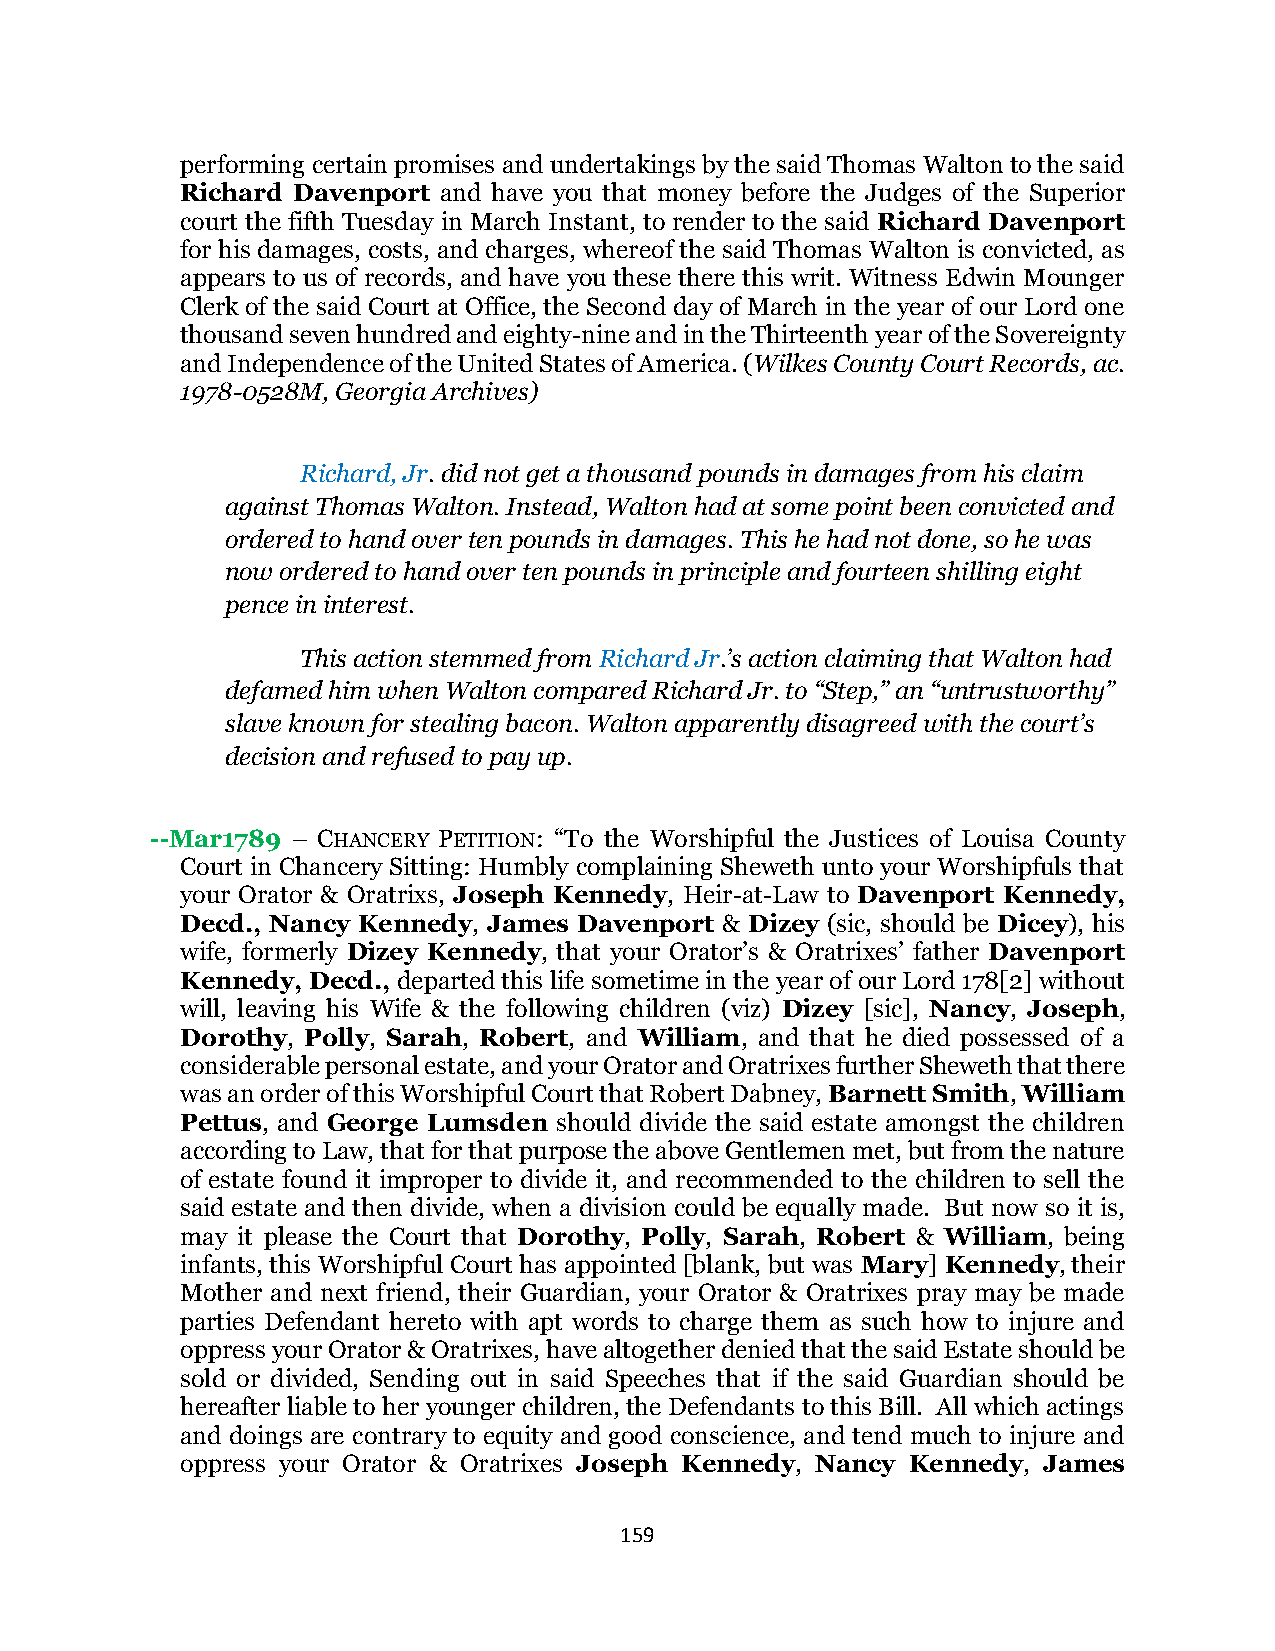
performing certain promises and undertakings by the said Thomas Walton to the said
 Richard Davenport and have you that money before the Judges of the Superior
 court the fifth Tuesday in March Instant, to render to the said Richard Davenport
 for his damages, costs, and charges, whereof the said Thomas Walton is convicted, as
 appears to us of records, and have you these there this writ. Witness Edwin Mounger
 Clerk of the said Court at Office, the Second day of March in the year of our Lord one
 thousand seven hundred and eighty-nine and in the Thirteenth year of the Sovereignty
 and Independence of the United States of America. (Wilkes County Court Records, ac.
 1978-0528M, Georgia Archives)
 Richard, Jr. did not get a thousand pounds in damages from his claim
 against Thomas Walton. Instead, Walton had at some point been convicted and
 ordered to hand over ten pounds in damages. This he had not done, so he was
 now ordered to hand over ten pounds in principle and fourteen shilling eight
 pence in interest.
 This action stemmed from Richard Jr.’s action claiming that Walton had
 defamed him when Walton compared Richard Jr. to “Step,” an “untrustworthy”
 slave known for stealing bacon. Walton apparently disagreed with the court’s
 decision and refused to pay up.
 --Mar1789 – CHANCERY PETITION: “To the Worshipful the Justices of Louisa County
 Court in Chancery Sitting: Humbly complaining Sheweth unto your Worshipfuls that
 your Orator & Oratrixs, Joseph Kennedy, Heir-at-Law to Davenport Kennedy,
 Decd., Nancy Kennedy, James Davenport & Dizey (sic, should be Dicey), his
 wife, formerly Dizey Kennedy, that your Orator’s & Oratrixes’ father Davenport
 Kennedy, Decd., departed this life sometime in the year of our Lord 178[2] without
 will, leaving his Wife & the following children (viz) Dizey [sic], Nancy, Joseph,
 Dorothy, Polly, Sarah, Robert, and William, and that he died possessed of a
 considerable personal estate, and your Orator and Oratrixes further Sheweth that there
 was an order of this Worshipful Court that Robert Dabney, Barnett Smith, William
 Pettus, and George Lumsden should divide the said estate amongst the children
 according to Law, that for that purpose the above Gentlemen met, but from the nature
 of estate found it improper to divide it, and recommended to the children to sell the
 said estate and then divide, when a division could be equally made. But now so it is,
 may it please the Court that Dorothy, Polly, Sarah, Robert & William, being
 infants, this Worshipful Court has appointed [blank, but was Mary] Kennedy, their
 Mother and next friend, their Guardian, your Orator & Oratrixes pray may be made
 parties Defendant hereto with apt words to charge them as such how to injure and
 oppress your Orator & Oratrixes, have altogether denied that the said Estate should be
 sold or divided, Sending out in said Speeches that if the said Guardian should be
 hereafter liable to her younger children, the Defendants to this Bill. All which actings
 and doings are contrary to equity and good conscience, and tend much to injure and
 oppress your Orator & Oratrixes Joseph Kennedy, Nancy Kennedy, James
 159